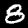
Digit: 8